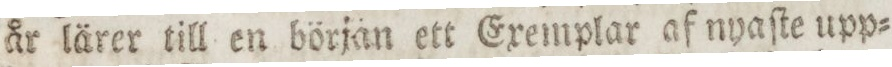
år lärer till en början ett Exemplar af nyaſte upp=